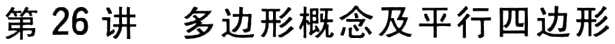
第26讲 多边形概念及平行四边形